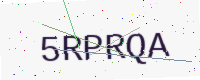
Text: 5RPRQA